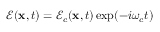
\boldsymbol { \mathcal { E } } ( \mathbf { x } , t ) = \boldsymbol { \mathcal { E } } _ { c } ( \mathbf { x } , t ) \exp ( - i \omega _ { c } t )